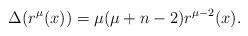
LaTeX: \begin{align*} \Delta( r^\mu(x))=\mu(\mu+n-2)r^{\mu-2}(x). \end{align*}